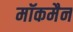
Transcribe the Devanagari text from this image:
मॉकमैन